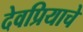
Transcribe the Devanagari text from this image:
देवप्रियाचे